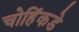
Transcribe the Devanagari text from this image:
चोहिंकडे